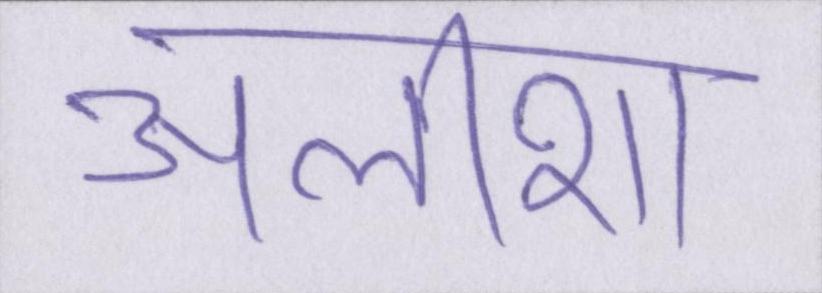
अलीशा